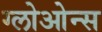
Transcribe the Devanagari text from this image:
ग्लोओन्स